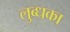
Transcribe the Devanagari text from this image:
लुब्धका